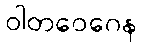
ဝါတဝေဂေန